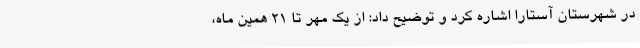
در شهرستان آستارا اشاره کرد و توضیح داد: از یک مهر تا 21 همین ماه،